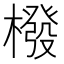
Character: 橃